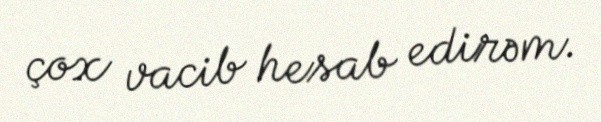
çox vacib hesab edirəm.